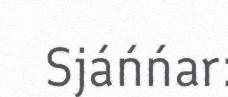
Sjáńńar: